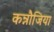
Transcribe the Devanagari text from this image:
कन्नौजिया